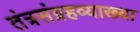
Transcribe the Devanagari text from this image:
तंत्रसंग्रहव्याख्या